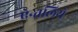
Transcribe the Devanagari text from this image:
ऐन्तलिये